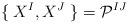
LaTeX: \begin{align*}\{\; X^{I},X^{J}\; \}=\mathcal{P}^{IJ}\end{align*}